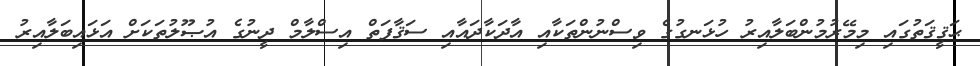
ޙަޤީޤަތުގައި މިމޭރުމުންބަލާއިރު ހުޅަނގުގެ ވިސްނުންތަކާއި އާދަކާދައާއި ސަޤާފަތް އިސްލާމް ދީނުގެ އުޞޫލުތަކަށް އަޅައިބަލާއިރު